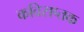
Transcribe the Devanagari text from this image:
कविसप्तक